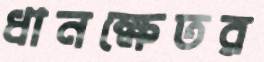
ধানক্ষেতর